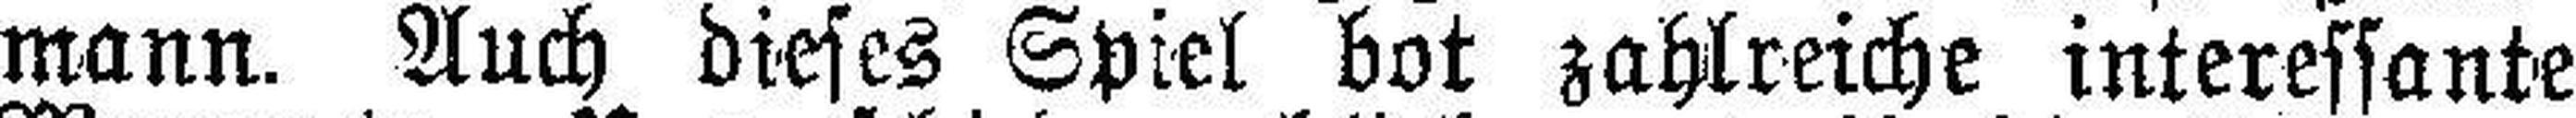
mann. Auch dieses Spiel bot zahlreiche interessante